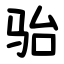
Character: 骀